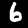
Label: 6